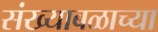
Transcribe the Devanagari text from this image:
संख्याबळाच्या